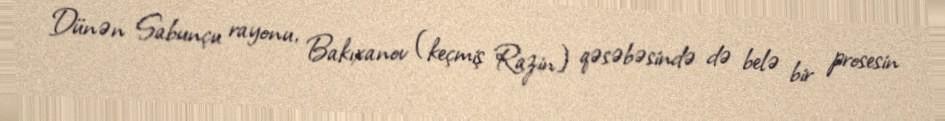
Dünən Sabunçu rayonu, Bakıxanov (keçmiş Razin) qəsəbəsində də belə bir prosesin